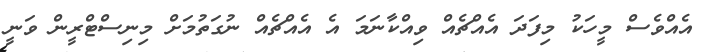
އެއްވެސް މީހަކު މިފަދަ އެއްޗެއް ވިއްކާނަމަ އެ އެއްޗެއް ނުގަތުމަށް މިނިސްޓްރީން ވަނީ